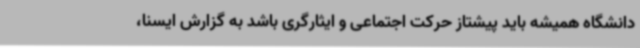
دانشگاه همیشه باید پیشتاز حرکت اجتماعی و ایثارگری باشد به گزارش ایسنا،